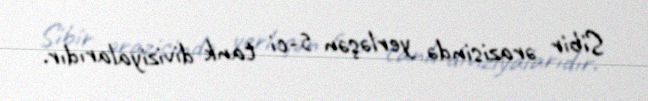
Sibir ərazisində yerləşən 5-ci tank diviziyalarıdır.